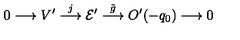
0 \longrightarrow V ^ { \prime } \stackrel { j } { \longrightarrow } { \cal E ^ { \prime } } \stackrel { { \tilde { g } } } { \longrightarrow } O ^ { \prime } ( - q _ { 0 } ) \longrightarrow 0